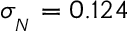
\sigma _ { { } _ { N } } = 0 . 1 2 4